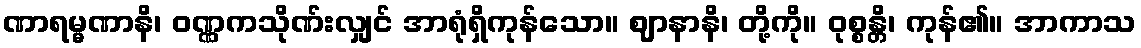
ဏာရမ္မဏာနိ၊ ဝဏ္ဏကသိုဏ်းလျှင် အာရုံရှိကုန်သော။ ဈာနာနိ၊ တို့ကို။ ဝုစ္စန္တိ၊ ကုန်၏။ အာကာသ